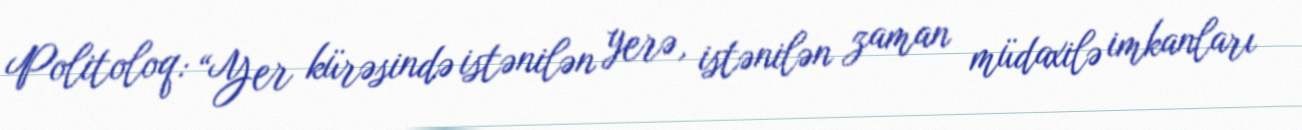
Politoloq: “Yer kürəsində istənilən yerə, istənilən zaman müdaxilə imkanları